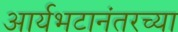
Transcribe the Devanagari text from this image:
आर्यभटानंतरच्या